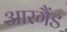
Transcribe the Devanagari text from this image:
आरगैंड